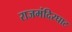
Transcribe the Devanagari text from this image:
राजमंदिरघाट